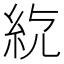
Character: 𥾳